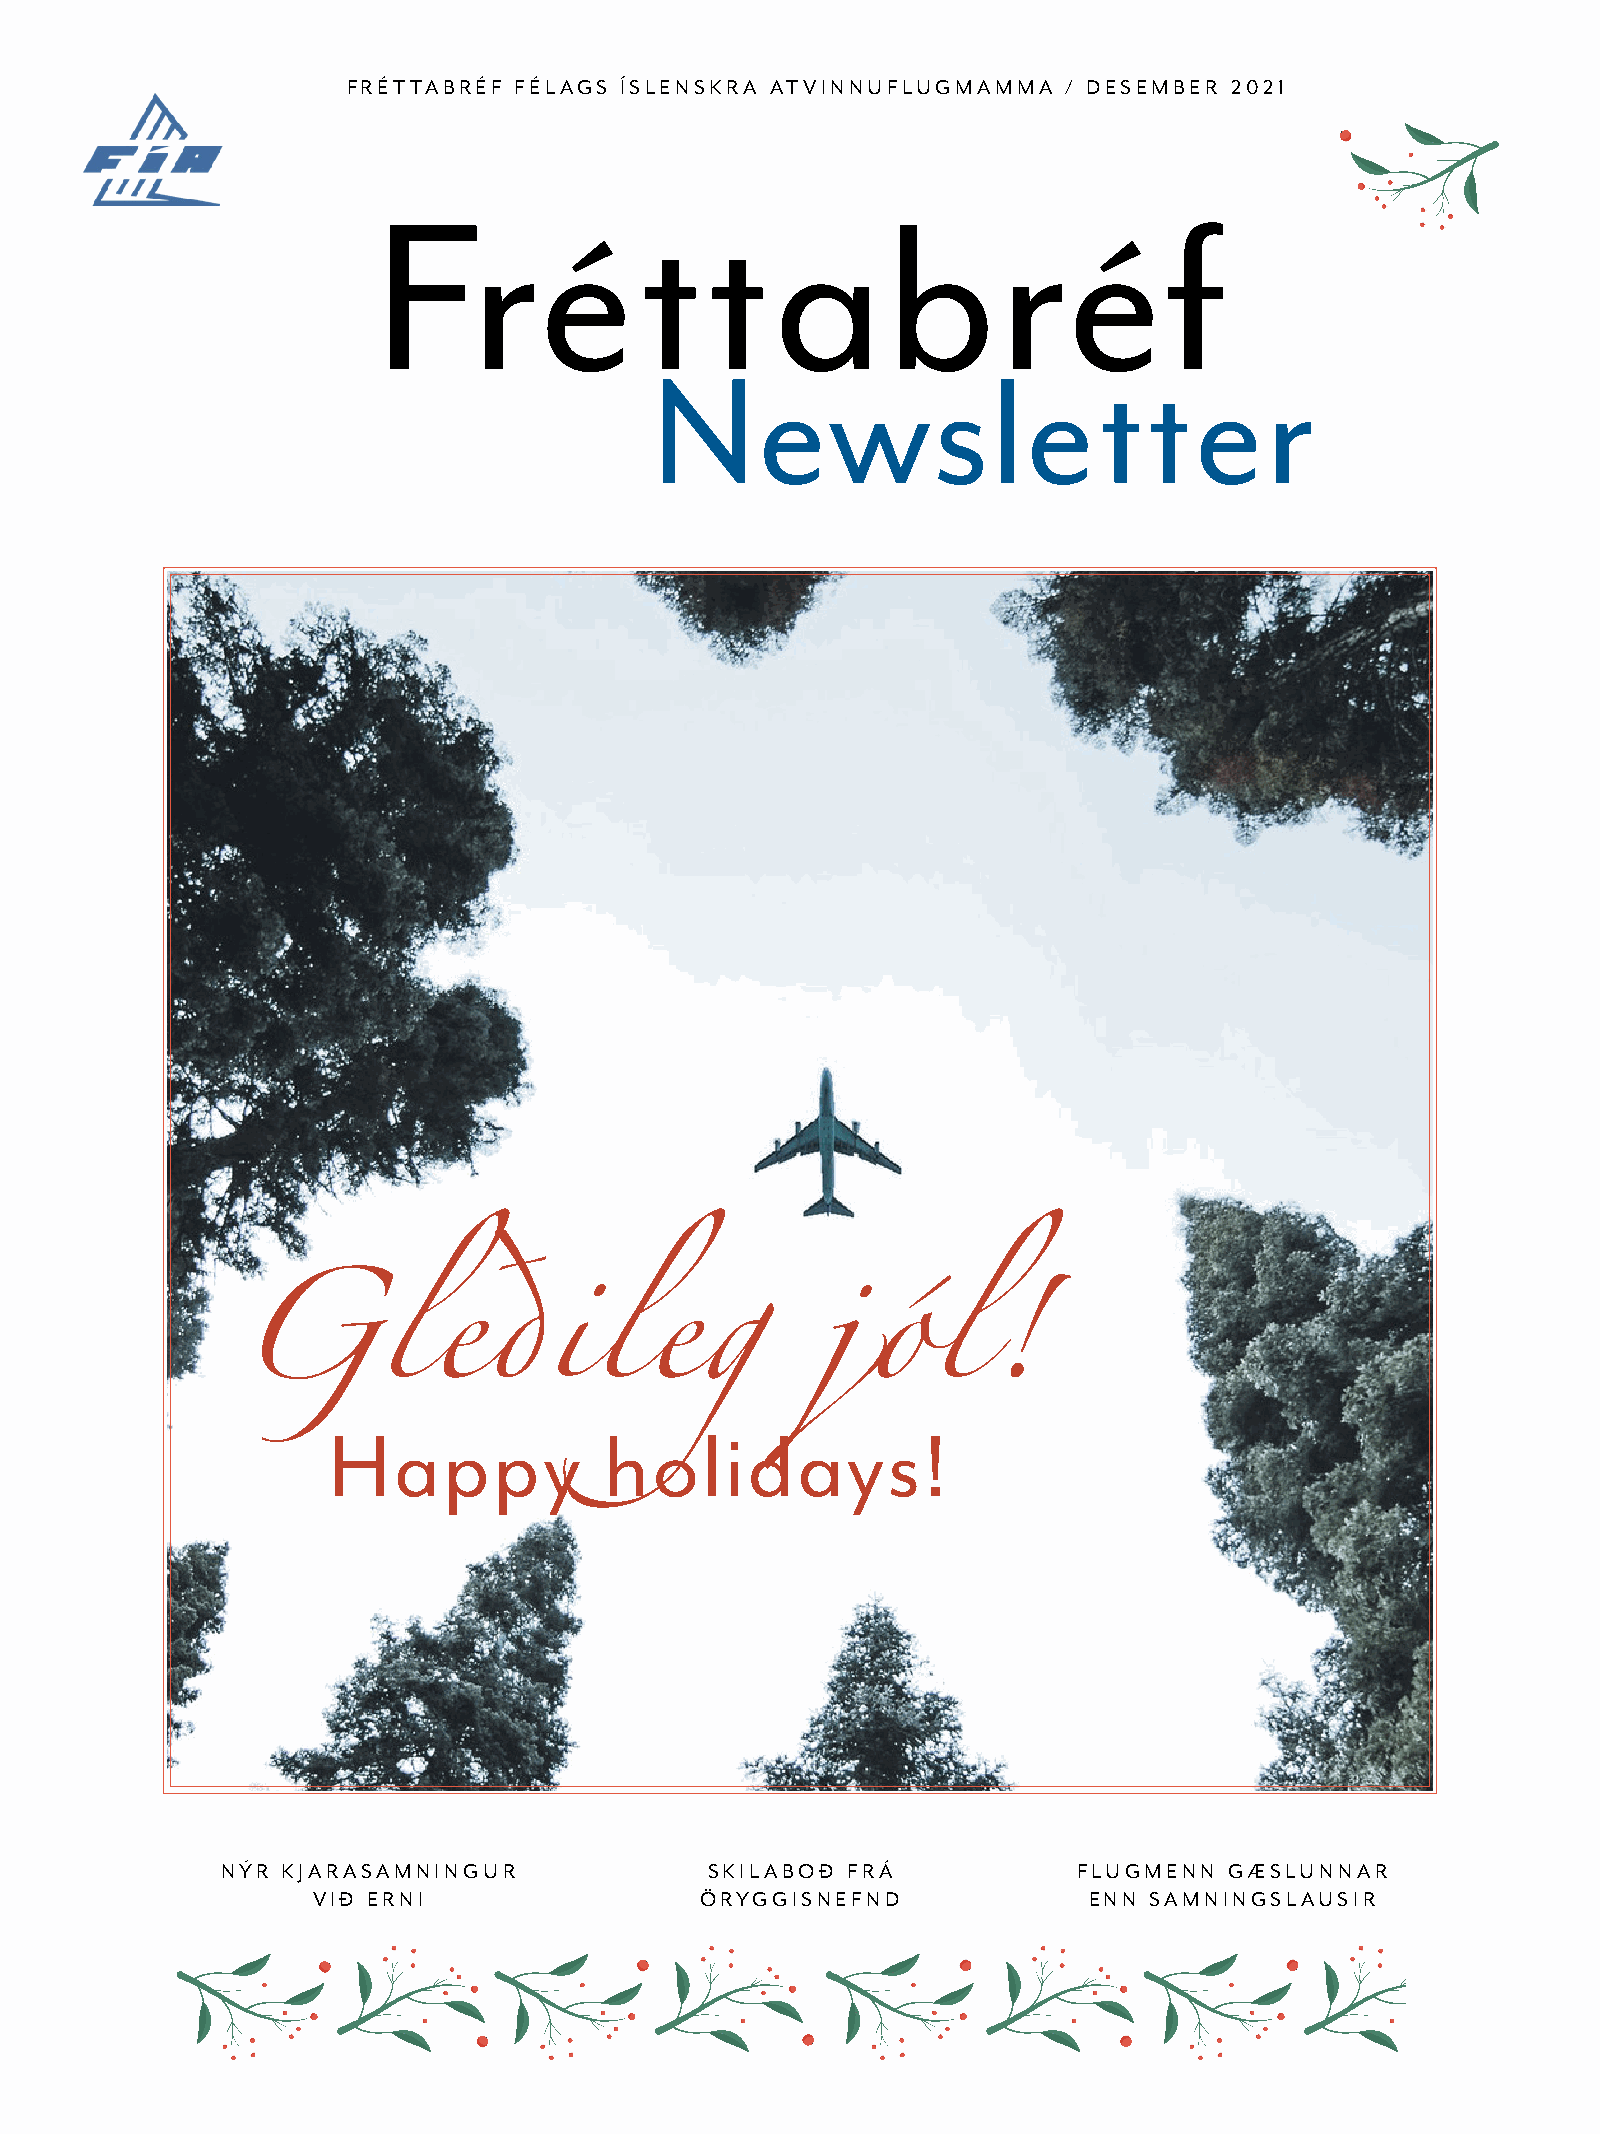
FRÉTTABRÉF FÉLAGS ÍSLENSKRA ATVINNUFLUGMAMMA    / DESEMBER 2021
 Fréttabréf
 Newsletter
 Happy             holidays!
 Gleðileg                              jól!
 NÝR KJARASAMNINGUR              SKILABOÐ FRÁ            FLUGMENN  GÆSLUNNAR
 VIÐ ERNI                 ÖRYGGISNEFND              ENN SAMNINGSLAUSIR